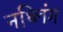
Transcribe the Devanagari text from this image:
नथ्लिंग